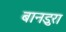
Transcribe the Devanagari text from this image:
बानडुरा